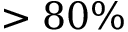
> 8 0 \%